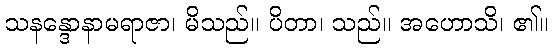
သနန္ဒောနာမရာဇာ၊ မိသည်။ ပိတာ၊ သည်။ အဟောသိ၊ ၏။